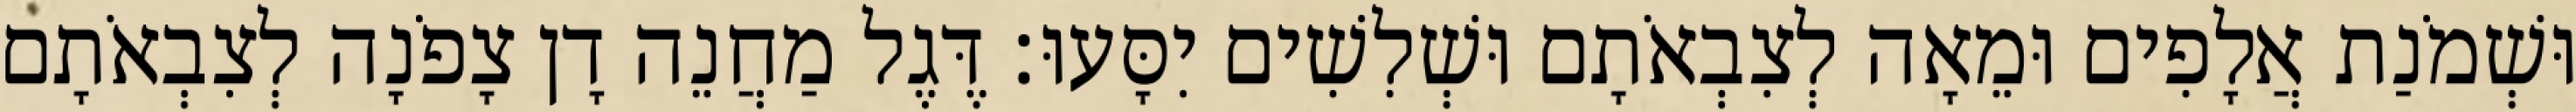
וּשְׁמֹנַת אֲלָפִים וּמֵאָה לְצִבְאֹתָם וּשְׁלִשִׁים יִסָּעוּ׃ דֶּגֶל מַחֲנֵה דָן צָפֹנָה לְצִבְאֹתָם